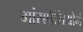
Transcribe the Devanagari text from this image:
मांसपेशियोनं